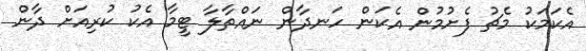
އެކަމަކު މެޗު ފެށުމުން އެކަން ހަނދާން ނައްތާލާ ޓީމާ އެކު ކުރިއަށް ދާން